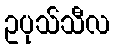
ဥပုသ်သီလ